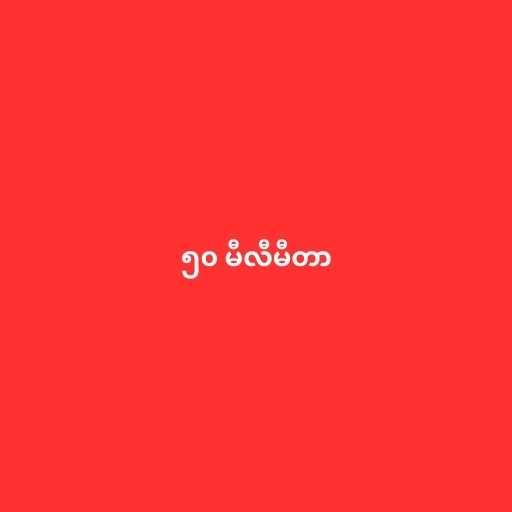
၅၀ မီလီမီတာ